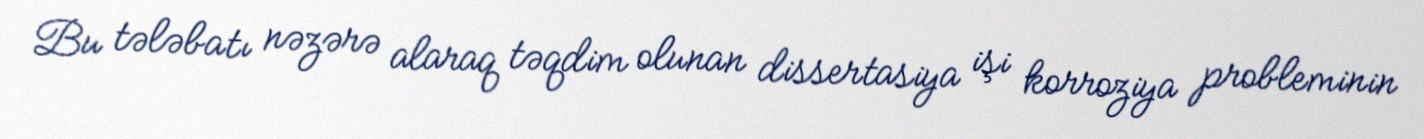
Bu tələbatı nəzərə alaraq təqdim olunan dissertasiya işi korroziya probleminin